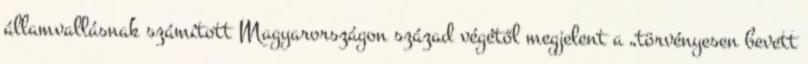
államvallásnak számított Magyarországon század végétől megjelent a „törvényesen bevett